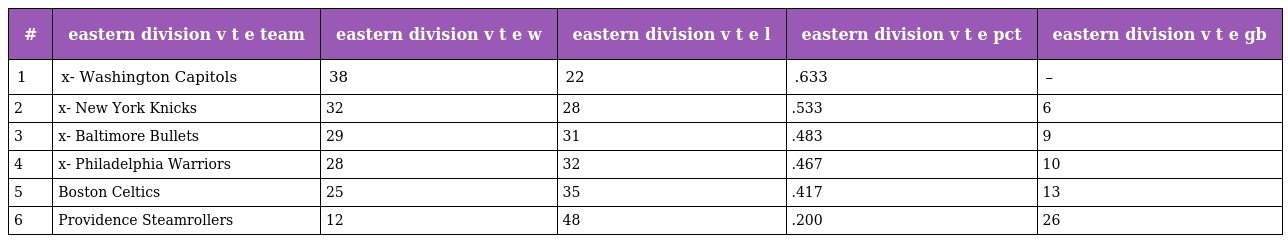
| # | eastern division v t e team | eastern division v t e w | eastern division v t e l | eastern division v t e pct | eastern division v t e gb |
 | --- | --- | --- | --- | --- | --- |
 | 1 | x- Washington Capitols | 38 | 22 | .633 | – |
 | 2 | x- New York Knicks | 32 | 28 | .533 | 6 |
 | 3 | x- Baltimore Bullets | 29 | 31 | .483 | 9 |
 | 4 | x- Philadelphia Warriors | 28 | 32 | .467 | 10 |
 | 5 | Boston Celtics | 25 | 35 | .417 | 13 |
 | 6 | Providence Steamrollers | 12 | 48 | .200 | 26 |